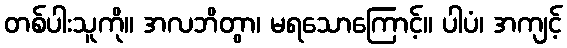
တစ်ပါးသူကို။ အလဘိတွာ၊ မရသောကြောင့်။ ပါပံ၊ အကျင့်